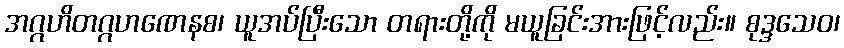
အဂ္ဂဟိတဂ္ဂဟဏေနစ၊ ယူအပ်ပြီးသော တရားတို့ကို မယူခြင်းအားဖြင့်လည်း။ စုဒ္ဒသေဝ၊